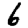
Digit: 6